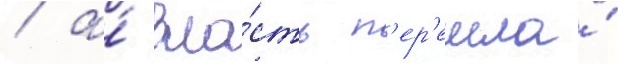
/ а́ вла́сть п'ер'ешла́